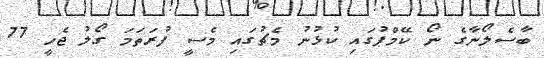
ބާސެލޯނާގެ ނޯ ކޭމްޕުގައި ކުޅުނު މެޗުގައި މެސީ ފުރަތަމަ ގޯލު ޖެހީ 77